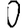
Digit: 0